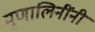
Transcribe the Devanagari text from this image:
मृणालिनींनी